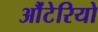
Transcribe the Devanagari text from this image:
औंटेरियो